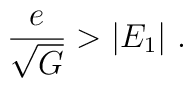
{e\over {\sqrt G}}>|E_{1}|~.